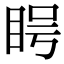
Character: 𪾨